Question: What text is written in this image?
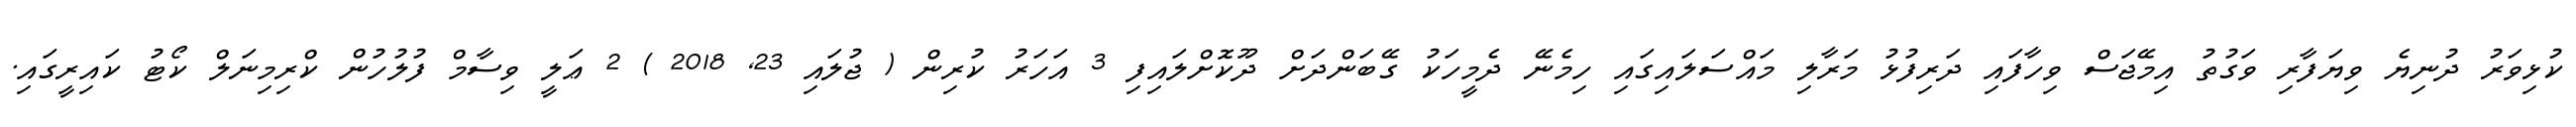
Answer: ކުޅިވަރު ދުނިޔެ ވިޔަފާރި ވަގުތު އިމޭޖަސް ވިހާފައި ދަރިފުޅު މަރާލި މައްސަލައިގައި ހިމެނޭ ދެމީހަކު ގޭބަންދަށް ދޫކޮށްލައިފި 3 އަހަރު ކުރިން ( ޖުލައި 23, 2018 ) 2 ޢަލީ ވިސާމް ފުލުހުން ކްރިމިނަލް ކޯޓު ކައިރީގައި.